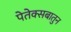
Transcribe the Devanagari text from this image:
पेतेक्सबातुन